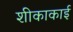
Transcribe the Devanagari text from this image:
शीकाकाई